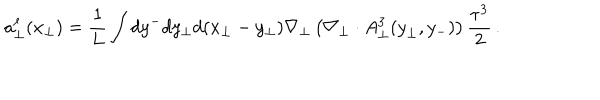
{ a } _ { \bot } ^ { \ell } ( x _ { \bot } ) = \frac { 1 } { L } \int d y ^ { - } d y _ { \bot } d ( x _ { \bot } - y _ { \bot } ) \nabla _ { \bot } \left( \nabla _ { \bot } \cdot A _ { \bot } ^ { 3 } ( { y } _ { \bot } , y _ { - } ) \right) \frac { \tau ^ { 3 } } { 2 } \, .